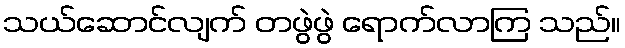
သယ်ဆောင်လျက် တဖွဲဖွဲ ရောက်လာကြ သည်။